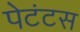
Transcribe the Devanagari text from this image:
पेटंटस